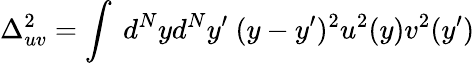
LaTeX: \Delta_{uv}^{2}=\int~d^{N}yd^{N}y^{\prime}~(y-y^{\prime})^{2}u^{2}(y)v^{2}(y^{\prime})